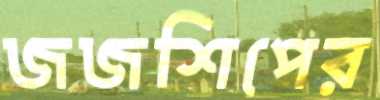
জজশিপের